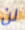
لن